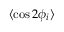
\langle \cos 2 \phi _ { i } \rangle